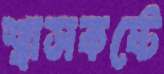
শ্বাসকষ্টে